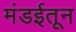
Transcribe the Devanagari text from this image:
मंडईतून